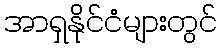
အာရှနိုင်ငံများတွင်